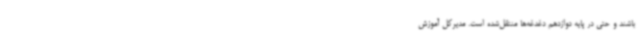
باشند و حتی در پایه دوازدهم دغدغه‌ها منتقل‌شده است. مدیرکل آموزش‌